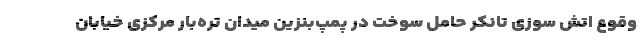
وقوع اتش سوزی تانکر حامل سوخت در پمپ‌بنزین میدان تره‌بار مرکزی خیابان